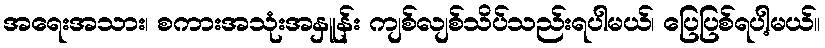
အရေးအသား၊ စကားအသုံးအနှူန်း ကျစ်လျစ်သိပ်သည်းရပါမယ်၊ ပြေပြစ်ရပါ့မယ်။